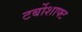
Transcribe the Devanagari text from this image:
टर्बोशाफ्ट